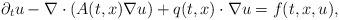
LaTeX: \begin{align*}\partial_{t} u - \nabla \cdot(A(t,x) \nabla u)+q(t,x)\cdot\nabla u=f(t,x,u),\end{align*}